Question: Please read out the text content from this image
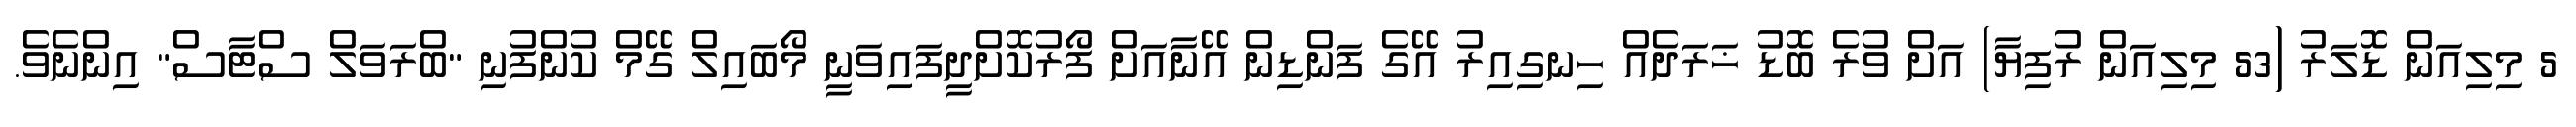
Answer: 5 މިލިއަން ޑޮލަރު (53 މިލިއަން ރުފިޔާ) އަށް ވުރެ ބޮޑު ޚަރަދެއް ހިނގިއިރު އޭގެ ފަންޑިން އޭނާއަށް ފޯރުކޮށްދީފައިވަނީ މޯބައިލް ގޭމް ކުންފުނި "ބްރަވަލް ސްޓާސް" އިންނެވެ.